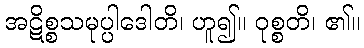
အဋိစ္စသမုပ္ပါဒေါတိ၊ ဟူ၍။ ဝုစ္စတိ၊ ၏။